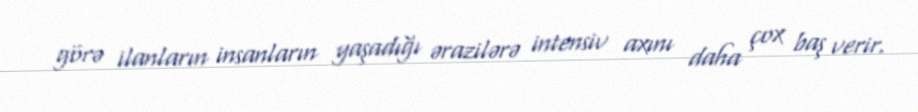
görə ilanların insanların yaşadığı ərazilərə intensiv axını daha çox baş verir.